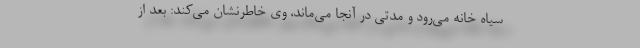
سیاه خانه می‌رود و مدتی در آنجا می‌ماند، وی خاطرنشان می‌کند: بعد از